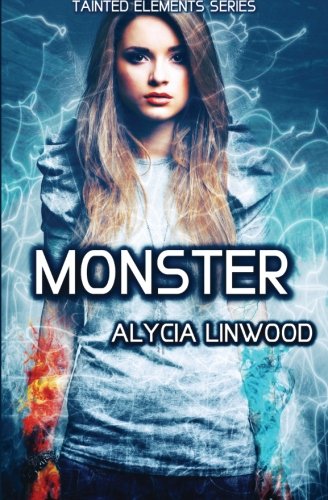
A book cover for Monster (Tainted Elements) (Volume 3); Alycia Linwood; Science Fiction & Fantasy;